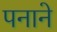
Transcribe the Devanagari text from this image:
पनाने